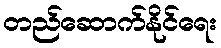
တည်ဆောက်နိုင်ရေး